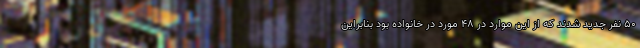
۵۰ نفر جدید شدند که از این موارد در ۴۸ مورد در خانواده بود بنابراین